Report on the working of the Ranchi Indian Mental Hospital, Kanke, in Bihar and Orissa - 1930-1940
Year: 1930
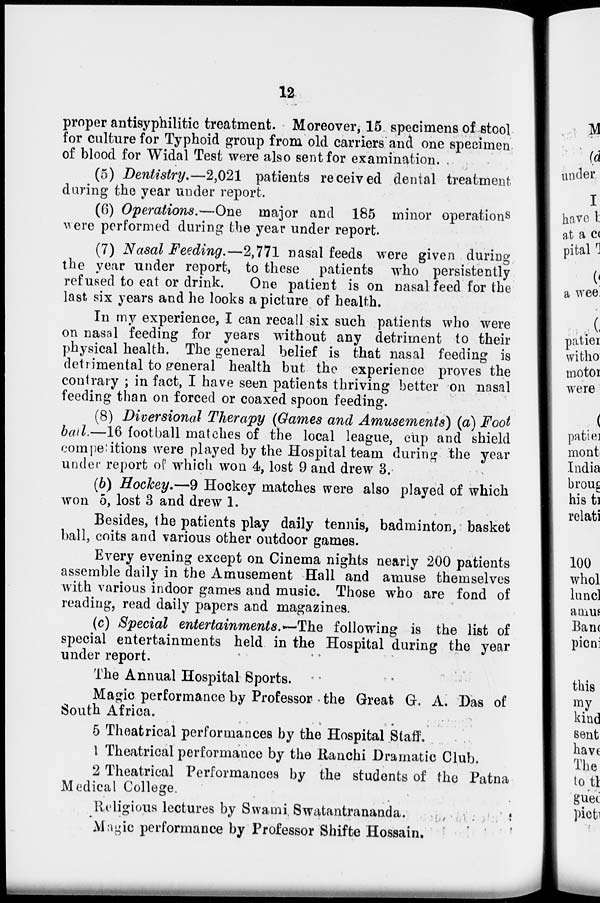
12
proper antisyphilitic treatment. Moreover, 15 specimens of stool
for culture for Typhoid group from old carriers and one specimen
of blood for Widal Test were also sent for examination.
(5) Dentistry.—2,021 patients received dental treatment
during the year under report.
(6) Operations.—One major and 185 minor operations
were performed during the year under report.
(7) Nasal Feeding.—2,771 nasal feeds were given during
the year under report, to these patients who persistently
refused to eat or drink. One patient is on nasal feed for the
last six years and he looks a picture of health.
In my experience, I can recall six such patients who were
on nasal feeding for years without any detriment to their
physical health. The general belief is that nasal feeding is
detrimental to general health but the experience proves the
contrary ; in fact, I have seen patients thriving better on nasal
feeding than on forced or coaxed spoon feeding.
(8) Diversional Therapy (Games and Amusements) (a) Foot
bad.—16 football matches of the local league, cup and shield
competitions were played by the Hospital team during the year
under report of which won 4, lost 9 and drew 3.
(b) Hockey.—9 Hockey matches were also played of which
won 5, lost 3 and drew 1.
Besides, the patients play daily tennis, badminton, basket
ball, coits and various other outdoor games.
Every evening except on Cinema nights nearly 200 patients
assemble daily in the Amusement Hall and amuse themselves
with various indoor games and music. Those who are fond of
reading, read daily papers and magazines.
(c) Special entertainments. —The following is the list of
special entertainments held in the Hospital during the year
under report.
The Annual Hospital Sports.
Magic performance by Professor the Great G. A. Das of
South Africa.
5 Theatrical performances by the Hospital Staff.
1 Theatrical performance by the Ranchi Dramatic Club.
2 Theatrical Performances by the students of the Patna
Medical College.
Religious lectures by Swami Swatantrananda.
Magic performance by Professor Shifte Hossain.